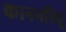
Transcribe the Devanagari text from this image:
काननरिपू